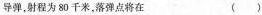
导弹，射程为80千米，落弹点将在 ()